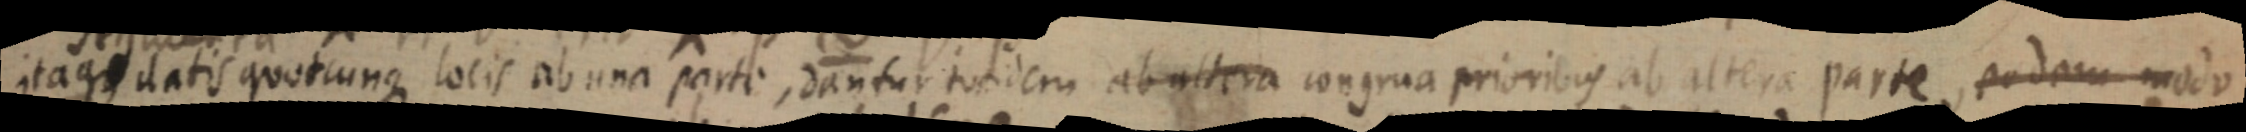
itaque datis quotcunque locis ab una parte, dantur tundem ab altera congrua prioribus ab altera parte eodem modo